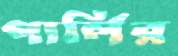
পার্লির